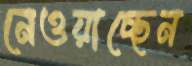
নেওয়াচ্ছেন